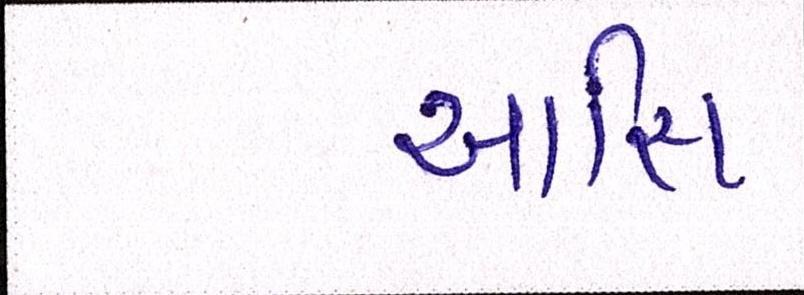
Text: આસિ